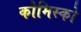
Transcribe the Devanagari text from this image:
कोमिस्को